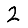
Digit: 2